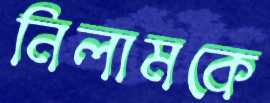
নিলামকে